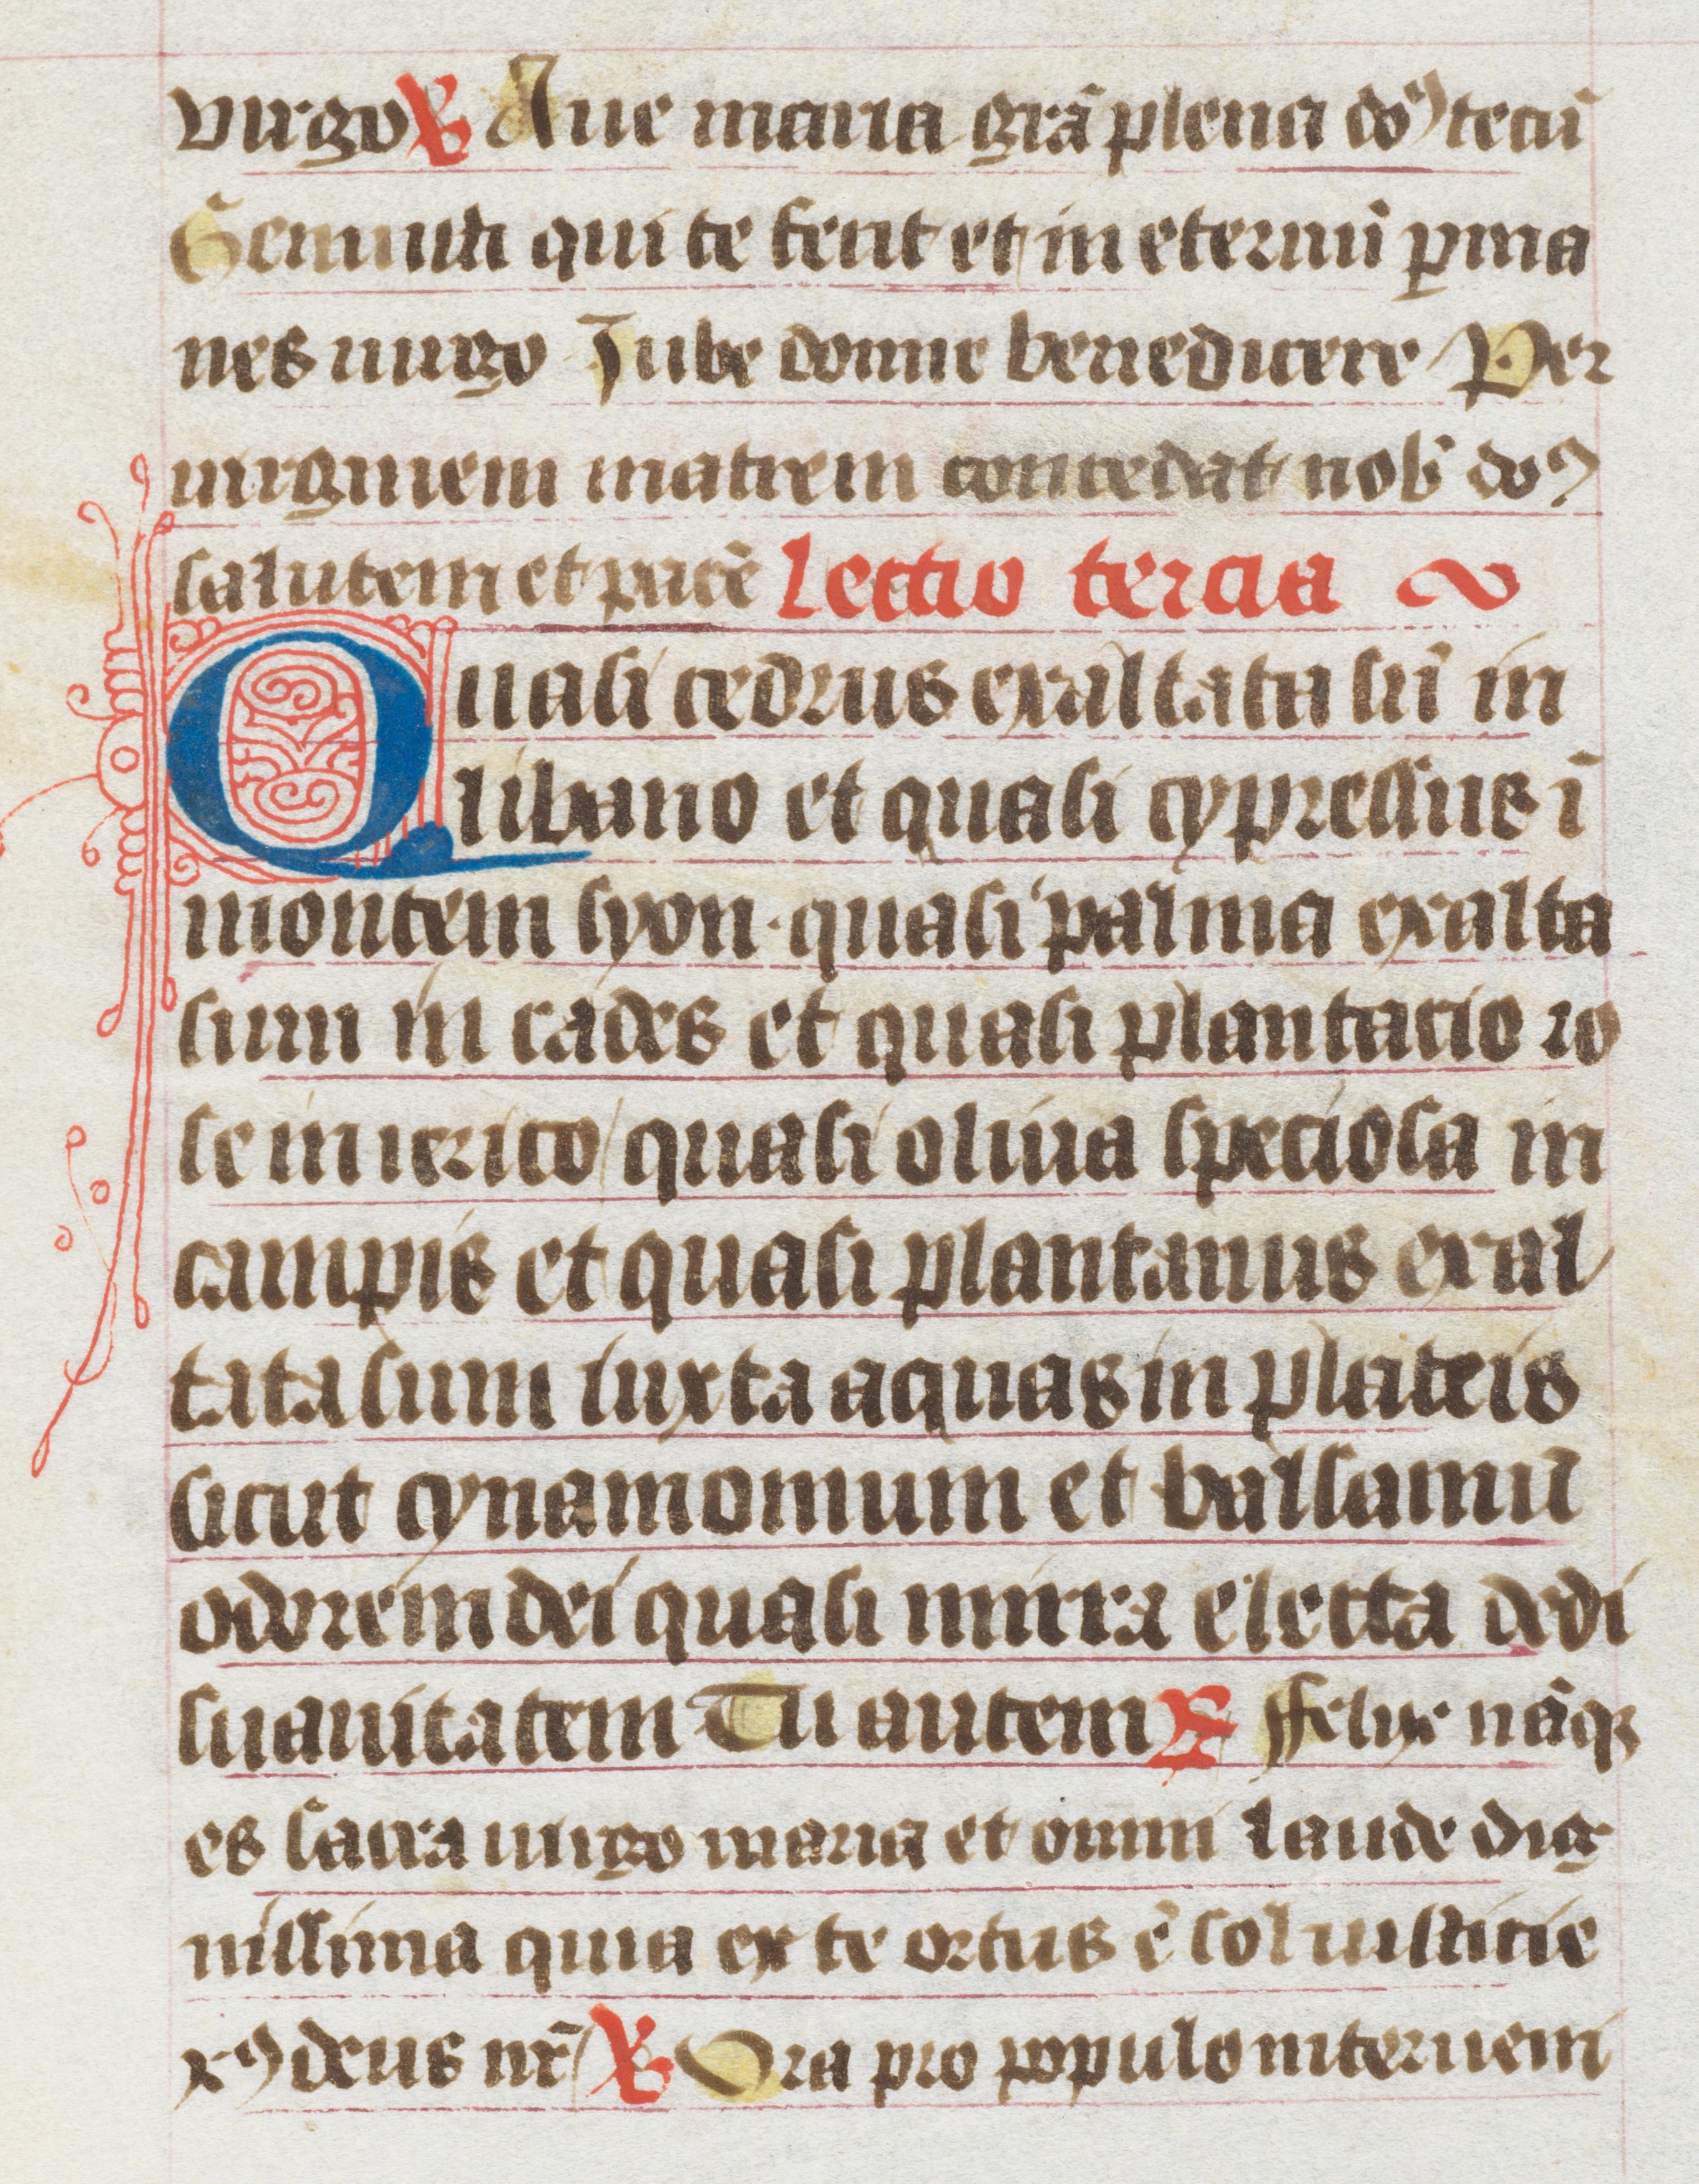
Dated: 1400–1499